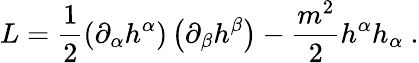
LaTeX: L=\frac{1}{2}\left(\partial_{\alpha}h^{\alpha}\right)\left(\partial_{\beta}h^{\beta}\right)-\frac{m^{2}}{2}h^{\alpha}h_{\alpha}\ .